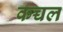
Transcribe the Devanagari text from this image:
कच्चल